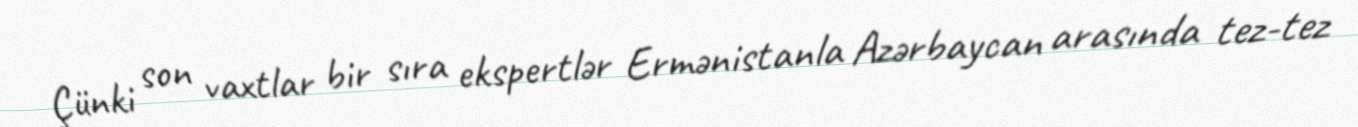
Çünki son vaxtlar bir sıra ekspertlər Ermənistanla Azərbaycan arasında tez-tez